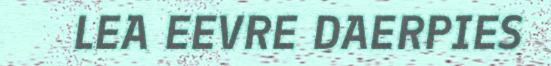
LEA EEVRE DAERPIES